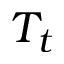
T _ { t }